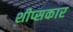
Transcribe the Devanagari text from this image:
शीप्सकार